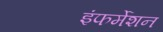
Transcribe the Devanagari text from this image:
इंफर्मेशन